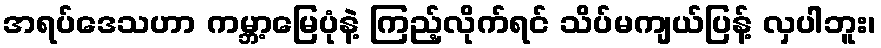
အရပ်ဒေသဟာ ကမ္ဘာ့မြေပုံနဲ့ ကြည့်လိုက်ရင် သိပ်မကျယ်ပြန့် လှပါဘူး၊